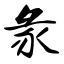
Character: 彖